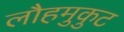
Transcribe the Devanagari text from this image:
लौहमुकुट